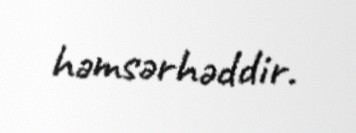
həmsərhəddir.